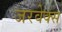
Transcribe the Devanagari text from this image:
जरवेक्स